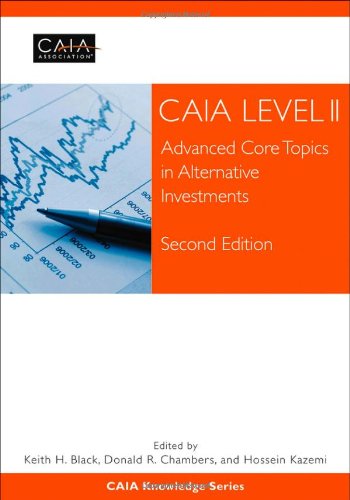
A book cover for CAIA Level II: Advanced Core Topics in Alternative Investments; CAIA Association; Business & Money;